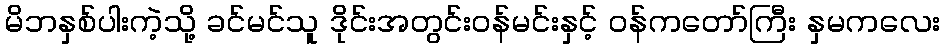
မိဘနှစ်ပါးကဲ့သို့ ခင်မင်သူ ဒိုင်းအတွင်းဝန်မင်းနှင့် ဝန်ကတော်ကြီး နှမကလေး